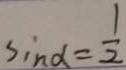
\sin \alpha = \frac { 1 } { 2 }